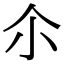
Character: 尒